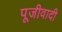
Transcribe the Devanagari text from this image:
पूजीवादी